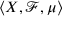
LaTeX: \langle X , { \mathcal { F } } , \mu \rangle